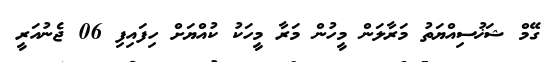
ގޭމް ޝަޚުސިއްޔަތު މަރާލަން މީހުން މަރާ މީހަކު ކުއްޔަށް ހިފައިފި 06 ޖެނުއަރީ